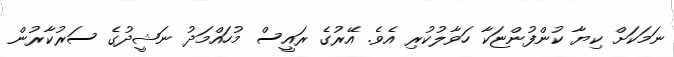
ނަމަކަށް ކިޔާ ކުންފުންޏަކާ ހަވާލުކުރި އެވެ. އޭރުގެ ރައީސް މުހައްމަދު ނަޝީދުގެ ސަރުކާރުން